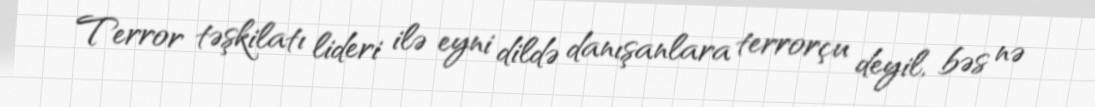
Terror təşkilatı lideri ilə eyni dildə danışanlara terrorçu deyil, bəs nə